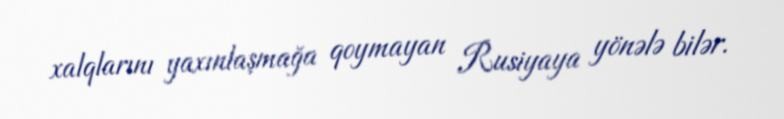
xalqlarını yaxınlaşmağa qoymayan Rusiyaya yönələ bilər.